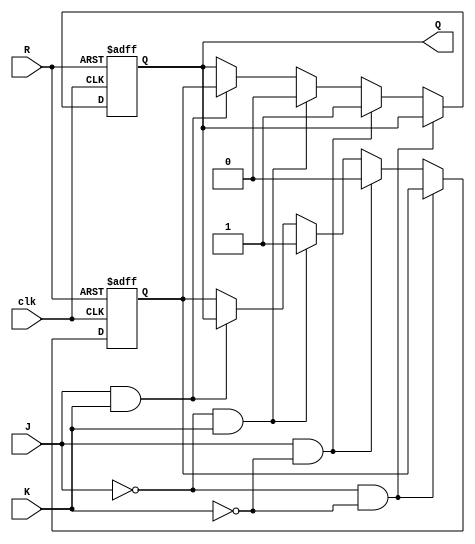
module JK( Q,J,K,clk,R); // module definition
output Q; 						 // defining outputs
input J, K, clk, R ; 				//defining inputs
reg Q,Qbar; 						//declaring outputs as reg type
always @ (posedge clk or posedge R) 	//output changes if either clock edge is thereor reset is high
begin
if (R == 1) begin 					// if reset is high then Q+ =0 irrespective of clock
Q <= 1'b0;
Qbar <= 1'b1;
end

else if ( J==0 & K==0) begin // J=0,K=0 => Q+ =Q
Q <= Q;
Qbar <= Qbar;
end

else if ( J==1 & K==0) begin // J=1,K=0 => Q+ =1
Q <= 1'b1;
Qbar <= 1'b0;
end

else if ( J==0 & K==1) begin // J=0,K=1 => Q+ =0
Q <= 1'b0;
Qbar <= 1'b1;
end

else if ( J==1 & K==1) begin // J=1,K=1 => Q+ =Qbar
Q <= Qbar;
Qbar <= Q;
end
end
endmodule